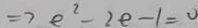
\Rightarrow e ^ { 2 } - 2 e - 1 = 0